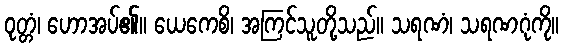
ဝုတ္တံ၊ ဟောအပ်၏။ ယေကေစိ၊ အကြင်သူတို့သည်။ သရဏံ၊ သရဏဂုံကို။